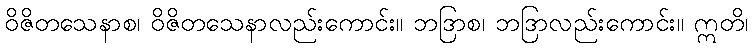
ဝိဇိတသေနာစ၊ ဝိဇိတသေနာလည်းကောင်း။ ဘဒြာစ၊ ဘဒြာလည်းကောင်း။ ဣတိ၊